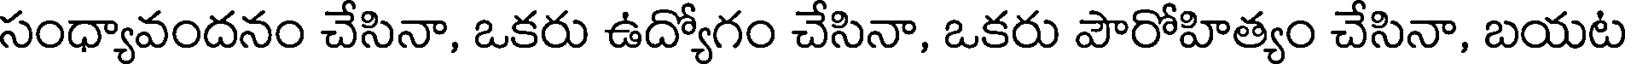
సంధ్యావందనం చేసినా, ఒకరు ఉద్యోగం చేసినా, ఒకరు పౌరోహిత్యం చేసినా, బయట